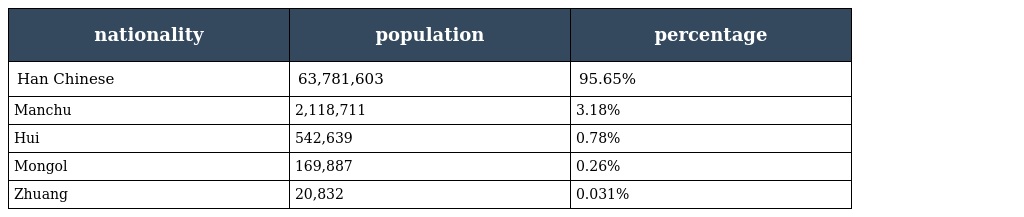
| nationality | population | percentage |
 | --- | --- | --- |
 | Han Chinese | 63,781,603 | 95.65% |
 | Manchu | 2,118,711 | 3.18% |
 | Hui | 542,639 | 0.78% |
 | Mongol | 169,887 | 0.26% |
 | Zhuang | 20,832 | 0.031% |